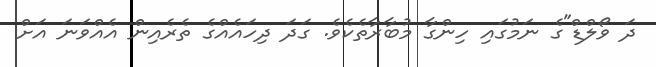
ދަ ވޯލްޑް"ގެ ނަމުގައި ހިންގާ މުބާރާތެކެވެ. ގަދަ ދިހައެއްގެ ތެރެއިން އެއްވަނަ އަށް